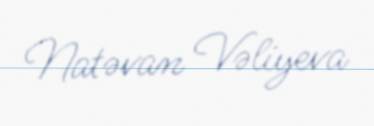
Natəvan Vəliyeva